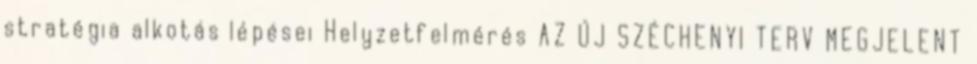
stratégia alkotás lépései Helyzetfelmérés AZ ÚJ SZÉCHENYI TERV MEGJELENT